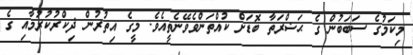
މިކަމުގެ ސަބަބުން ގެ ޙަޟްރަތާ ބޮޑަށް ކުއްތަންވެވޭނެތީއެވެ. މީގެ އިތުރުން ޛިކްރުކުރުމާއި ގެ